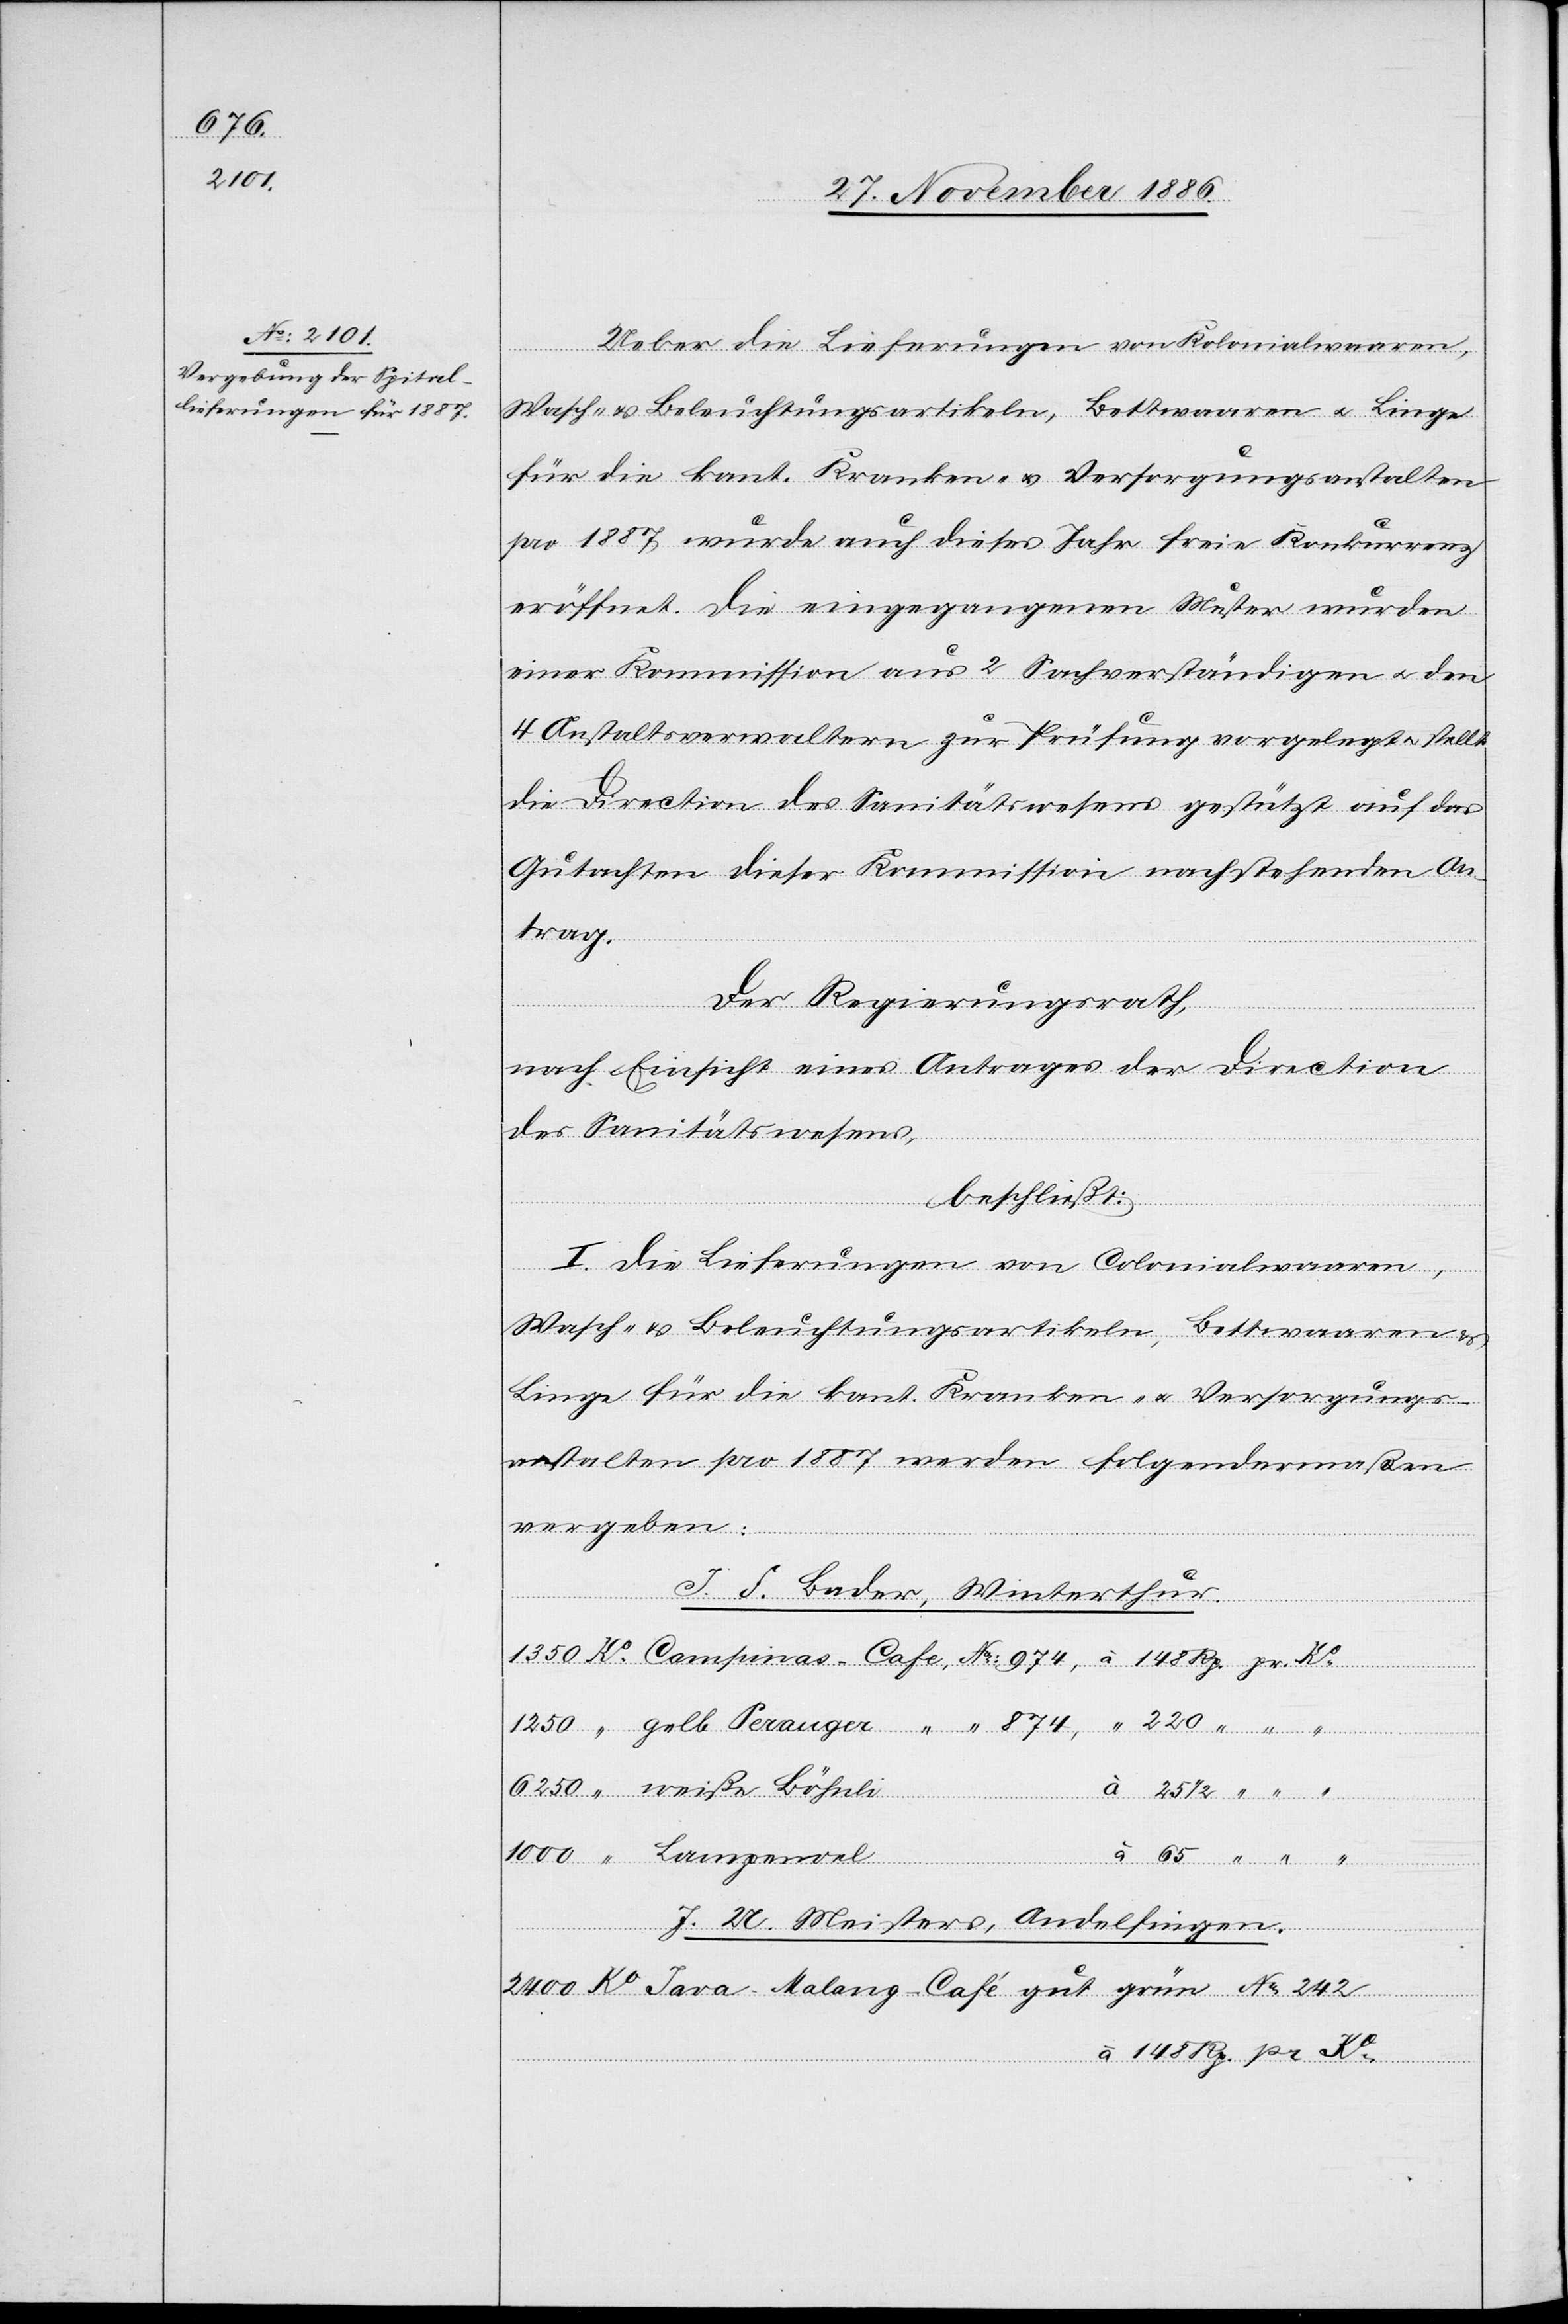
1000

Ueber die Lieferungen von Kolonialwaaren,
Wasch- & Beleuchtungsartikeln, Bettwaaren & Linge
für die kant. Kranken- & Versorgungsanstalten
pro 1887 wurde auch dieses Jahr freie Konkurrenz
eröffnet. Die eingegangenen Muster wurden
einer Kommission aus 2 Sachverständigen & den
4 Anstaltsverwaltern zur Prüfung vorgelegt & stellt
die Direction des Sanitätswesens gestützt auf das
Gutachten dieser Kommission nachstehenden An¬
trag.
Der Regierungsrath,
nach Einsicht eines Antrages der Direction
des Sanitätswesens,
beschließt:
“
Lampenoel
I. Die Lieferungen von Colonialwaaren,
Wasch- & Beleuchtungsartikeln, Bettwaaren
Linge für die kant. Kranken- & Versorgungs¬
anstalten pro 1887 werden folgendermaßen
vergeben:
J. F. Bader, Winterthur.
J. U. Meisters, Andelfingen.
pr.
2400 Ko Java-Malang-Café gut grün No 242
à 148 Rp. pr. Ko